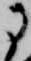
に